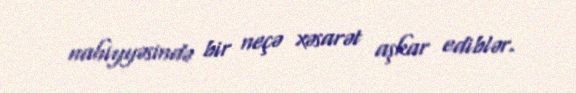
nahiyyəsində bir neçə xəsarət aşkar ediblər.